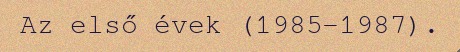
Az első évek (1985–1987).